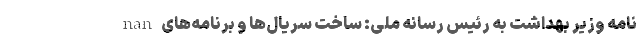
nan نامه وزیر بهداشت به رئیس رسانه ملی: ساخت سریال‌ها و برنامه‌های